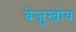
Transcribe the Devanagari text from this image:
बेज़ुखोव